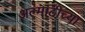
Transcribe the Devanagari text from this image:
अल्माटीच्या